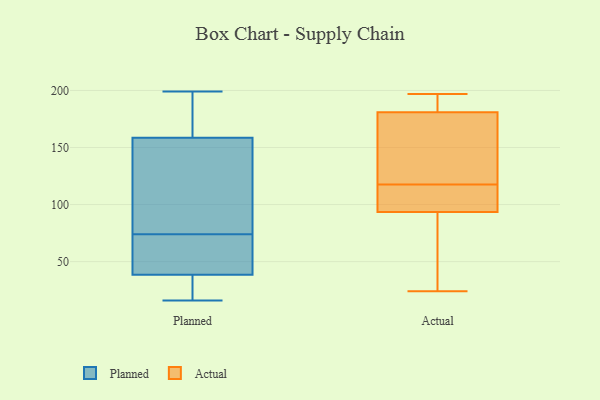
{"axis": {"x": "Budget (USD K)", "y": "Value"}, "legend": ["Actual", "Planned"], "data": [{"x": "", "y": 169, "type": "Planned"}, {"x": "", "y": 171, "type": "Planned"}, {"x": "", "y": 43, "type": "Planned"}, {"x": "", "y": 148, "type": "Planned"}, {"x": "", "y": 175, "type": "Planned"}, {"x": "", "y": 16, "type": "Planned"}, {"x": "", "y": 34, "type": "Planned"}, {"x": "", "y": 44, "type": "Planned"}, {"x": "", "y": 104, "type": "Planned"}, {"x": "", "y": 199, "type": "Planned"}, {"x": "", "y": 43, "type": "Planned"}, {"x": "", "y": 88, "type": "Planned"}, {"x": "", "y": 18, "type": "Planned"}, {"x": "", "y": 112, "type": "Planned"}, {"x": "", "y": 65, "type": "Planned"}, {"x": "", "y": 28, "type": "Planned"}, {"x": "", "y": 55, "type": "Planned"}, {"x": "", "y": 26, "type": "Planned"}, {"x": "", "y": 83, "type": "Planned"}, {"x": "", "y": 199, "type": "Planned"}, {"x": "", "y": 106, "type": "Actual"}, {"x": "", "y": 174, "type": "Actual"}, {"x": "", "y": 197, "type": "Actual"}, {"x": "", "y": 143, "type": "Actual"}, {"x": "", "y": 24, "type": "Actual"}, {"x": "", "y": 114, "type": "Actual"}, {"x": "", "y": 89, "type": "Actual"}, {"x": "", "y": 31, "type": "Actual"}, {"x": "", "y": 192, "type": "Actual"}, {"x": "", "y": 121, "type": "Actual"}, {"x": "", "y": 188, "type": "Actual"}, {"x": "", "y": 98, "type": "Actual"}]}